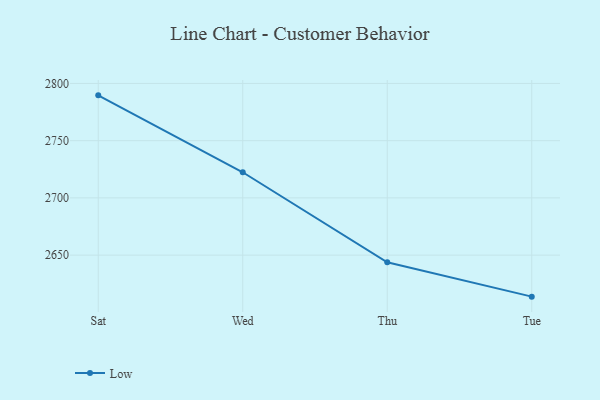
{"axis": {"x": "Day", "y": "Latency (ms)"}, "legend": ["Low"], "data": [{"x": "Sat", "y": 2789.6, "type": "Low"}, {"x": "Wed", "y": 2722.4, "type": "Low"}, {"x": "Thu", "y": 2643.7, "type": "Low"}, {"x": "Tue", "y": 2613.7, "type": "Low"}]}